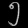
Digit: ၅